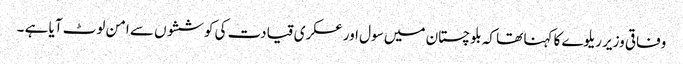
وفاقی وزیر ریلوے کا کہنا تھا کہ بلوچستان میں سول اور عسکری قیادت کی کوششوں سے امن لوٹ آیا ہے ۔